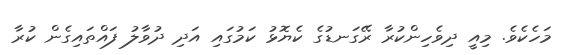
މަހެކެވެ. މިއީ ދިވެހިންކުރާ ރޭގަނޑުގެ ކެޔޮޅު ކަމުގައި އަދި ދުވާލު ފައްތައިގެން ކުރާ